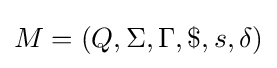
M=(Q,\Sigma ,\Gamma ,\$,s,\delta )